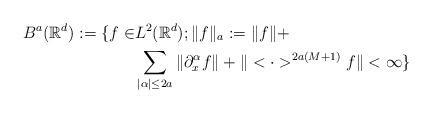
LaTeX: \begin{align*} B^a(\mathbb{R}^d) := \{f \in & L^2(\mathbb{R}^d); \|f\|_a := \|f\| + \\& \sum_{|\alpha| \leq 2a} \|\partial_x^{\alpha}f\| +\|<\cdot>^{2a(M+1)}f\| < \infty\} \end{align*}